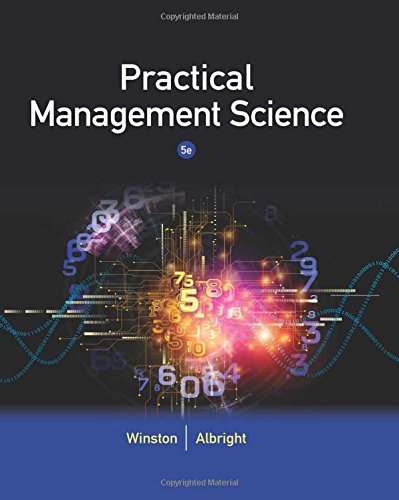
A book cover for Practical Management Science; Wayne L. Winston; Business & Money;